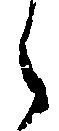
之